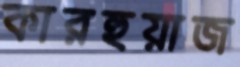
কারহুয়াজ